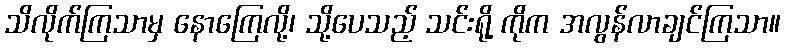
သိလိုက်ကြသာမှ နောကြေလို့၊ သို့ပေသည့် သင်းရို့ ကိုက အလွန်လာချင်ကြသာ။